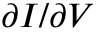
\partial I / \partial V